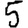
Digit: 5